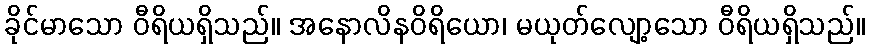
ခိုင်မာသော ဝီရိယရှိသည်။ အနောလိနဝိရိယော၊ မယုတ်လျော့သော ဝီရိယရှိသည်။